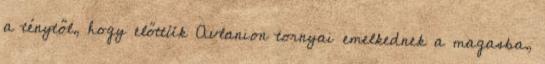
a ténytől, hogy előttük Avlanion tornyai emelkednek a magasba,